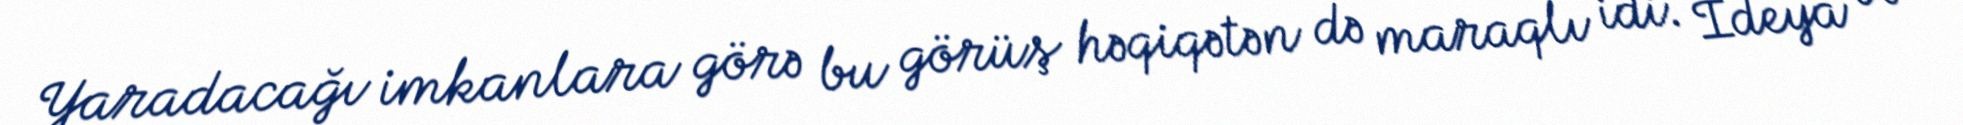
Yaradacağı imkanlara görə bu görüş həqiqətən də maraqlı idi. İdeya və